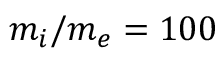
m _ { i } / m _ { e } = 1 0 0